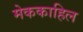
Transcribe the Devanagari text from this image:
मेककाहिल